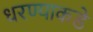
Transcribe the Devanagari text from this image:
धरण्याकडे